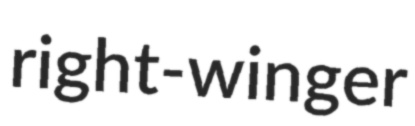
right-winger